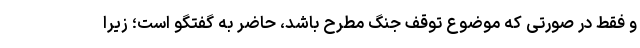
و فقط در صورتی که موضوع توقف جنگ مطرح باشد، حاضر به گفتگو است؛ زیرا